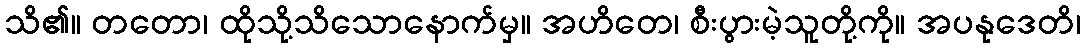
သိ၏။ တတော၊ ထိုသို့သိသောနောက်မှ။ အဟိတေ၊ စီးပွားမဲ့သူတို့ကို။ အပနုဒေတိ၊